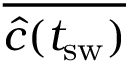
\overline { { \widehat { c } ( t _ { \mathrm { s w } } ) } }